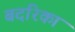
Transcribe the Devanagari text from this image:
बदरिका